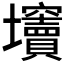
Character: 𡔍